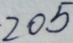
2 0 5